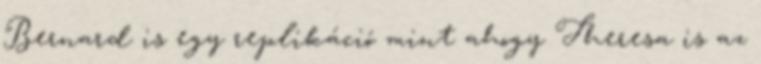
Bernard is egy replikáció mint ahogy Theresa is az